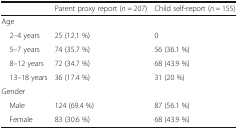
|  | Parent proxy report (n = 207) | Child self-report (n = 155) |
 | --- | --- | --- |
 | <COLSPAN=3> Age |
 | 2–4 years | 25 (12.1 %) | 0 |
 | 5–7 years | 74 (35.7 %) | 56 (36.1 %) |
 | 8–12 years | 72 (34.7 %) | 68 (43.9 %) |
 | 13–18 years | 36 (17.4 %) | 31 (20 %) |
 | <COLSPAN=3> Gender |
 | Male | 124 (69.4 %) | 87 (56.1 %) |
 | Female | 83 (30.6 %) | 68 (43.9 %) |